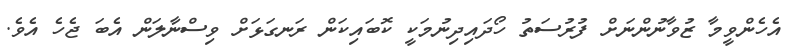
އެހެންވީމާ ޒުވާނުންނަށް ފުރުސަތު ހޯދައިދިނުމަކީ ކޮބައިކަން ރަނގަޅަށް ވިސްނާލަން އެބަ ޖެހެ އެވެ.